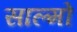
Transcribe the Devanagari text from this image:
साल्मो